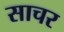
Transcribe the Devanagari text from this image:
साचर